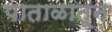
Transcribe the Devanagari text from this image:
पाताळातून